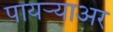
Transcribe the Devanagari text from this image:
पायर्‍याअर